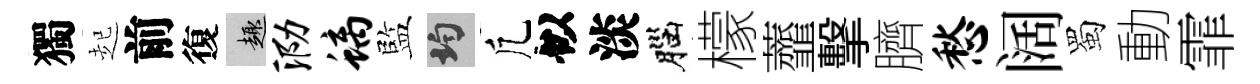
獨起前復趣泐螭監均凢似淡腦檬虀擊臍愁阔蜀動霏